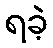
ရခဲ့